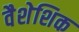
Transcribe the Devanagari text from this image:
वैशेशिक